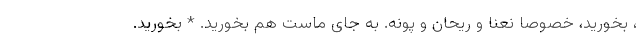
، بخورید، خصوصا نعنا و ریحان و پونه. به جای ماست هم بخورید. * بخورید.